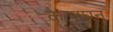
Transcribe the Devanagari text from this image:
कैलाघन